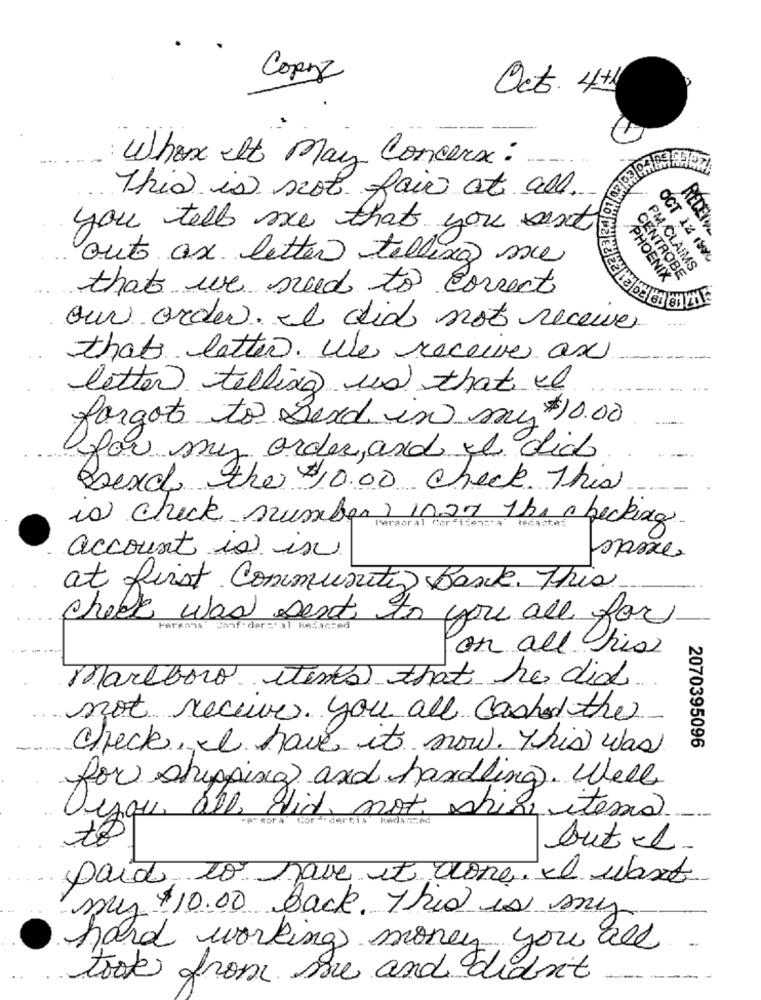
Copyz
Oct. 4th
Where It May Concern:
This is not fair at all.
you tell me that you sent
RECEIVE
auto as letter telling me
OCT 12 IWL
PM CLAIMS
PHOENIX
CENTROBE
that we need to correct
our order. I did not receive
thats latter. We receive an
letter telling us that is
forgot to send in my $10.00
for my order, and yt dias.
Sexd the $10.00 Check. This
is chick number, in27 the checking
Peracral Corsisenza
account is in
mpasse
at first Community Bank. This
check was sent to you all for
Conf-
KeZaczed
on all his
Marlboro items that he did
not receive. you all cashed the
check, I have it now. This was
2070395096
for shipping and handling. Well
Orqu all did not shiv items
kedashed
to
but el
paid to have it done. I want
my $10.00 Back. This is my
hard working money you all
took from me and didn't